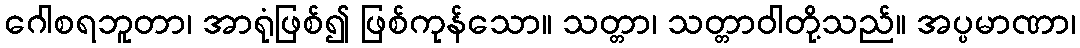
ဂေါစရဘူတာ၊ အာရုံဖြစ်၍ ဖြစ်ကုန်သော။ သတ္တာ၊ သတ္တာဝါတို့သည်။ အပ္ပမာဏာ၊